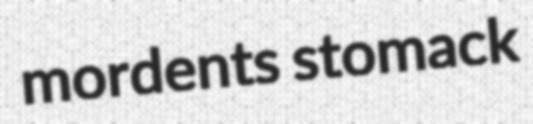
mordents stomack